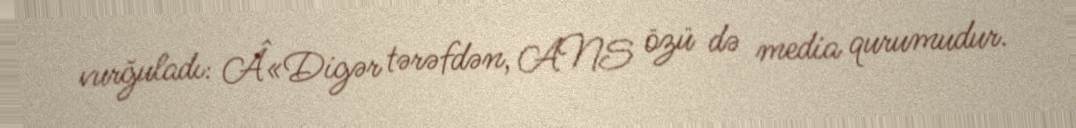
vurğuladı: Â«Digər tərəfdən, ANS özü də media qurumudur.